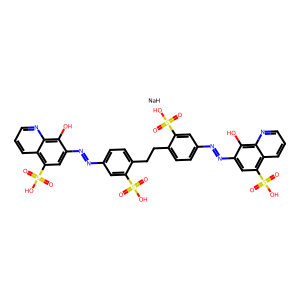
SMILES: O=S(=O)(O)c1cc(N=Nc2cc(S(=O)(=O)O)c3cccnc3c2O)ccc1CCc1ccc(N=Nc2cc(S(=O)(=O)O)c3cccnc3c2O)cc1S(=O)(=O)O.[NaH]
Inhibits HIV replication: Yes